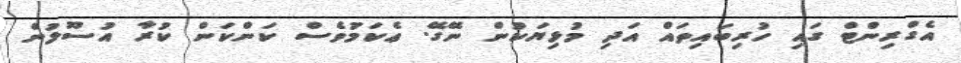
އެގްރިންޓް ގައި ހުރިބައިތައް އަދި މުޅިޔަކުން ނޭގޭ. ޢެކަމަުވެސް ކަންކަން ކުރާ އުސޫލުން